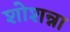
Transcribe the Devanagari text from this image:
शोशन्ना